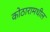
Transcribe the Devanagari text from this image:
कोठारामधील